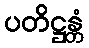
ပတိဋ္ဌန္တံ